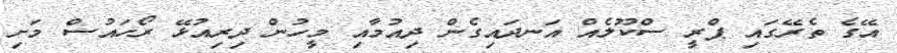
އޭގެ ތެރޭގައި ޕްރީ ސްކޫލެއް އަނދައިގެން ދިއުމާއި މީހުން ދިރިއުޅޭ ރޯހައުސް މަށި